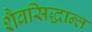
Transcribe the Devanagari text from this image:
शैवसिद्धान्त